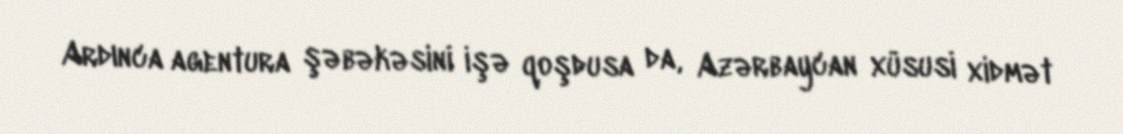
Ardınca agentura şəbəkəsini işə qoşdusa da, Azərbaycan xüsusi xidmət